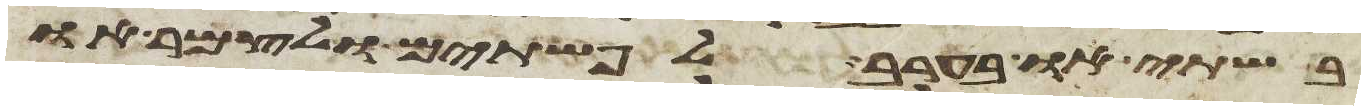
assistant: בשתי או בערב לפשתים ולצמר או